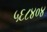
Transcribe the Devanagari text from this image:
५६८४०४